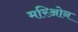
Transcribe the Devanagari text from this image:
मरिओन